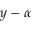
y - \alpha